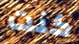
كنت